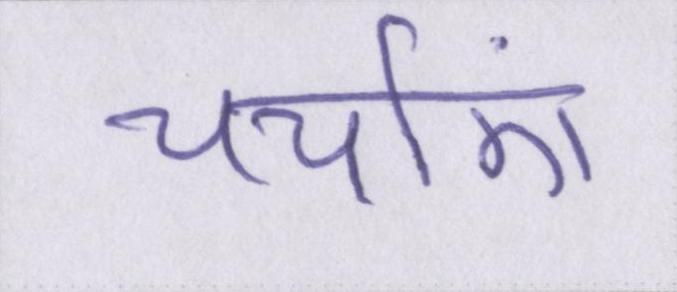
चर्चाएं